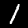
Label: 1